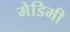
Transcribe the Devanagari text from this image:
मेडिमी